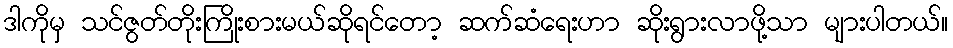
ဒါကိုမှ သင်ဇွတ်တိုးကြိုးစားမယ်ဆိုရင်တော့ ဆက်ဆံရေးဟာ ဆိုးရွားလာဖို့သာ များပါတယ်။